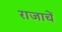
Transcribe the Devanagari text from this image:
राजाचें